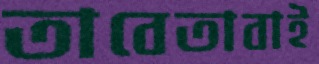
তাবেতাবাই